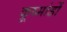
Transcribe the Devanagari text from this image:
कूष्मांडों